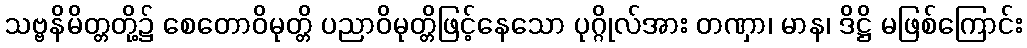
သဗ္ဗနိမိတ္တတို့၌ စေတောဝိမုတ္တိ ပညာဝိမုတ္တိဖြင့်နေသော ပုဂ္ဂိုလ်အား တဏှာ၊ မာန၊ ဒိဋ္ဌိ မဖြစ်ကြောင်း